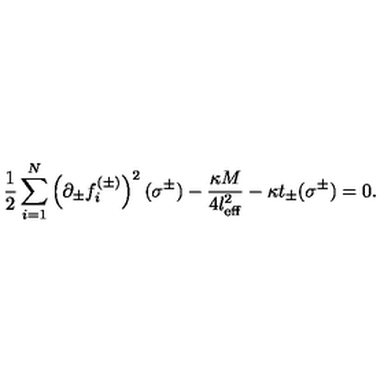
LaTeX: \frac 1 2 \sum _ { i = 1 } ^ { N } \left( \partial _ { \pm } f _ { i } ^ { ( \pm ) } \right) ^ { 2 } ( \sigma ^ { \pm } ) - \frac { \kappa M } { 4 l _ { \mathrm { e f f } } ^ { 2 } } - \kappa t _ { \pm } ( \sigma ^ { \pm } ) = 0 .